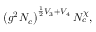
\left( g ^ { 2 } N _ { c } \right) ^ { \frac 1 2 V _ { 3 } + V _ { 4 } } N _ { c } ^ { \chi } ,